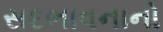
સદભાવનાનો